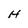
Character: H